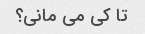
تا کی می مانی؟